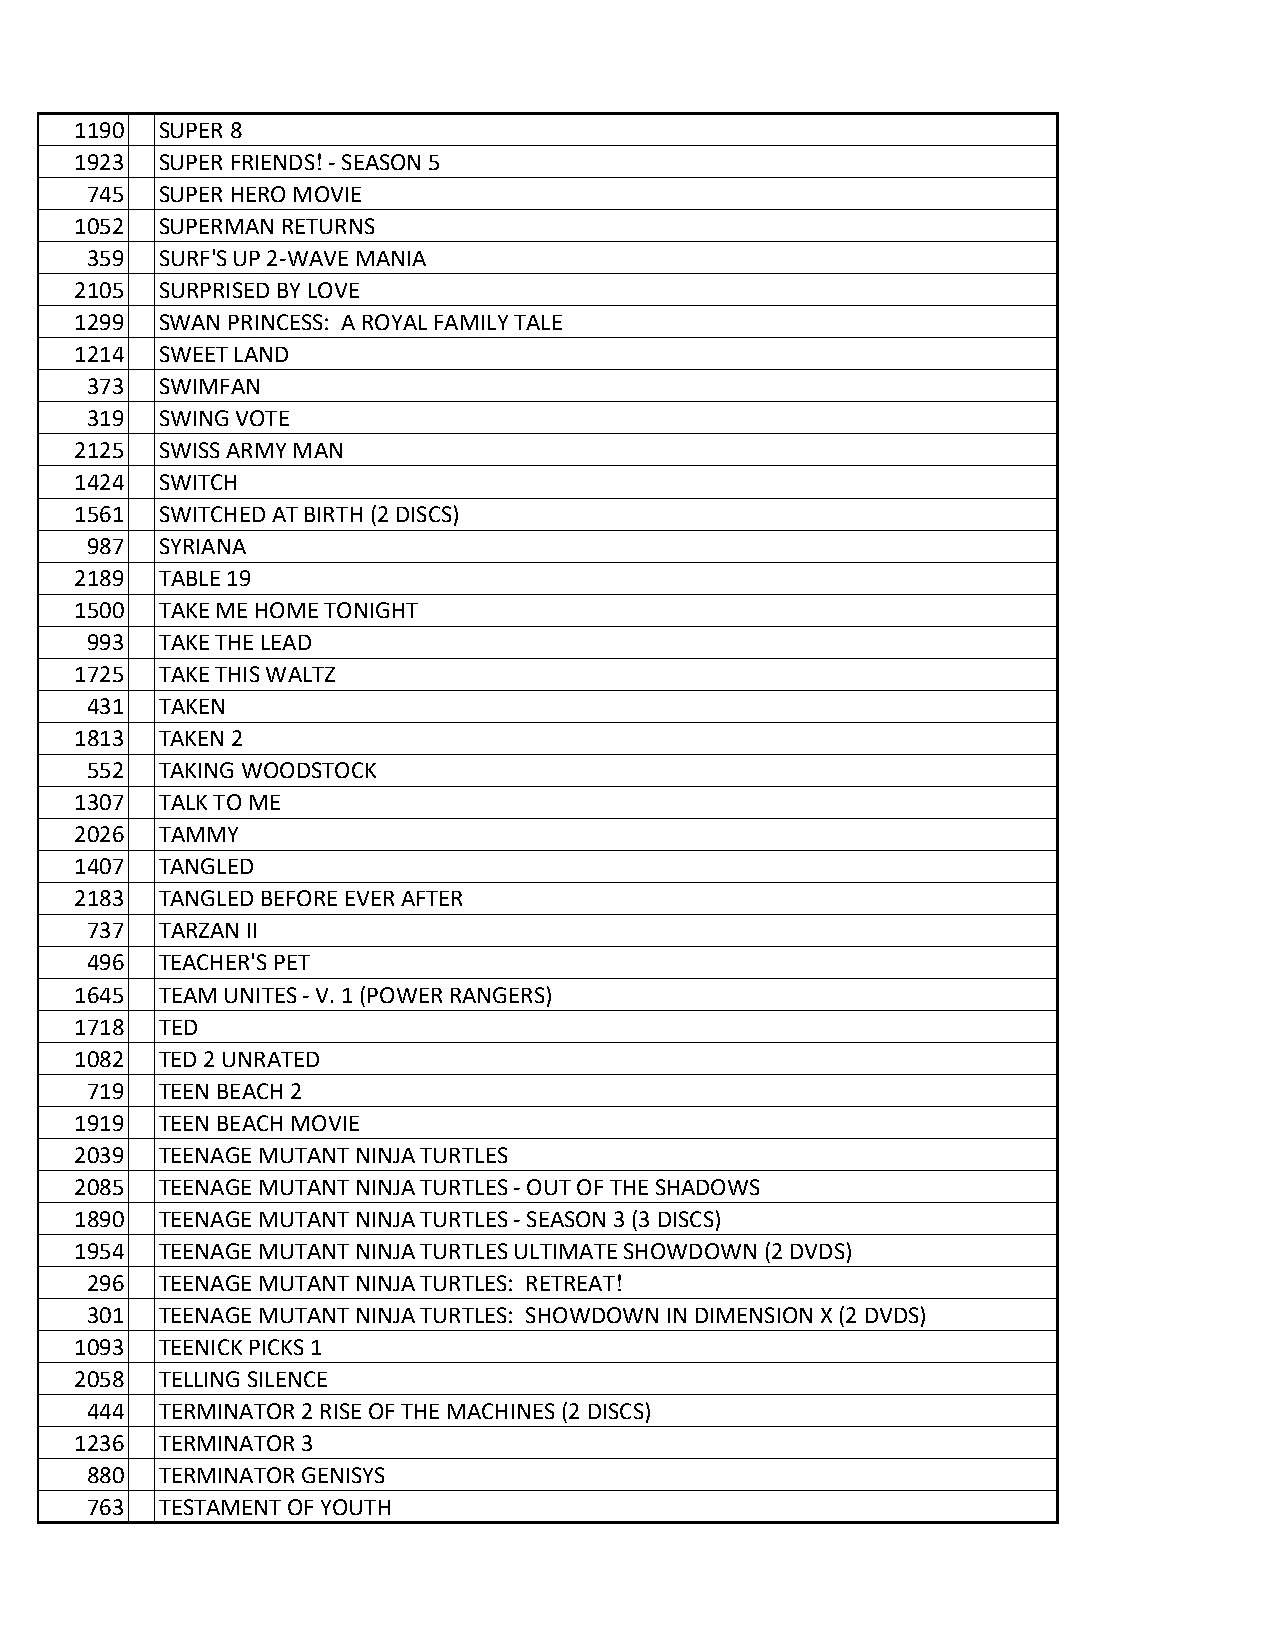
1190 SUPER 8
 1923 SUPER FRIENDS! - SEASON 5
 745 SUPER HERO MOVIE
 1052 SUPERMAN RETURNS
 359 SURF'S UP 2-WAVE MANIA
 2105 SURPRISED BY LOVE
 1299 SWAN PRINCESS: A ROYAL FAMILY TALE
 1214 SWEET LAND
 373 SWIMFAN
 319 SWING VOTE
 2125 SWISS ARMY MAN
 1424 SWITCH
 1561 SWITCHED AT BIRTH (2 DISCS)
 987 SYRIANA
 2189 TABLE 19
 1500 TAKE ME HOME TONIGHT
 993 TAKE THE LEAD
 1725 TAKE THIS WALTZ
 431 TAKEN
 1813 TAKEN 2
 552 TAKING WOODSTOCK
 1307 TALK TO ME
 2026 TAMMY
 1407 TANGLED
 2183 TANGLED BEFORE EVER AFTER
 737 TARZAN II
 496 TEACHER'S PET
 1645 TEAM UNITES - V. 1 (POWER RANGERS)
 1718 TED
 1082 TED 2 UNRATED
 719 TEEN BEACH 2
 1919 TEEN BEACH MOVIE
 2039 TEENAGE MUTANT NINJA TURTLES
 2085 TEENAGE MUTANT NINJA TURTLES - OUT OF THE SHADOWS
 1890 TEENAGE MUTANT NINJA TURTLES - SEASON 3 (3 DISCS)
 1954 TEENAGE MUTANT NINJA TURTLES ULTIMATE SHOWDOWN (2 DVDS)
 296 TEENAGE MUTANT NINJA TURTLES: RETREAT!
 301 TEENAGE MUTANT NINJA TURTLES: SHOWDOWN IN DIMENSION X (2 DVDS)
 1093 TEENICK PICKS 1
 2058 TELLING SILENCE
 444 TERMINATOR 2 RISE OF THE MACHINES (2 DISCS)
 1236 TERMINATOR 3
 880 TERMINATOR GENISYS
 763 TESTAMENT OF YOUTH